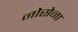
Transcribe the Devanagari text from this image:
नोसेना